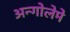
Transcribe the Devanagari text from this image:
अन्गोलेमे